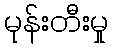
မုန်းတီးမှု